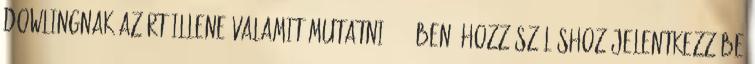
Dowlingnak azért illene valamit mutatni 2012-ben. Hozzászóláshoz jelentkezz be